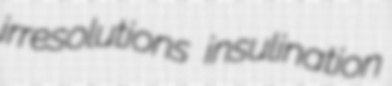
irresolutions insulination